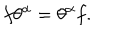
f \theta ^ { \alpha } = \theta ^ { \alpha } f .